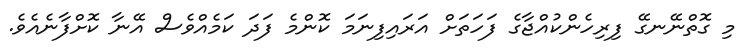
މި ގޮތްނޭނގޭ ފިރިހެންކުއްޖާގެ ފަހަތަށް އަރައިފިނަމަ ކޮންމެ ފަދަ ކަމެއްވެސް އޭނާ ކޮށްފާނެއެވެ.